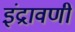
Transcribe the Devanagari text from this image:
इंद्रावणी